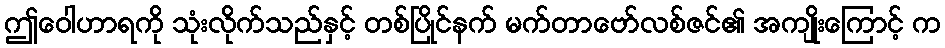
ဤဝေါဟာရကို သုံးလိုက်သည်နှင့် တစ်ပြိုင်နက် မက်တာဗော်လစ်ဇင်၏ အကျိုးကြောင့် က